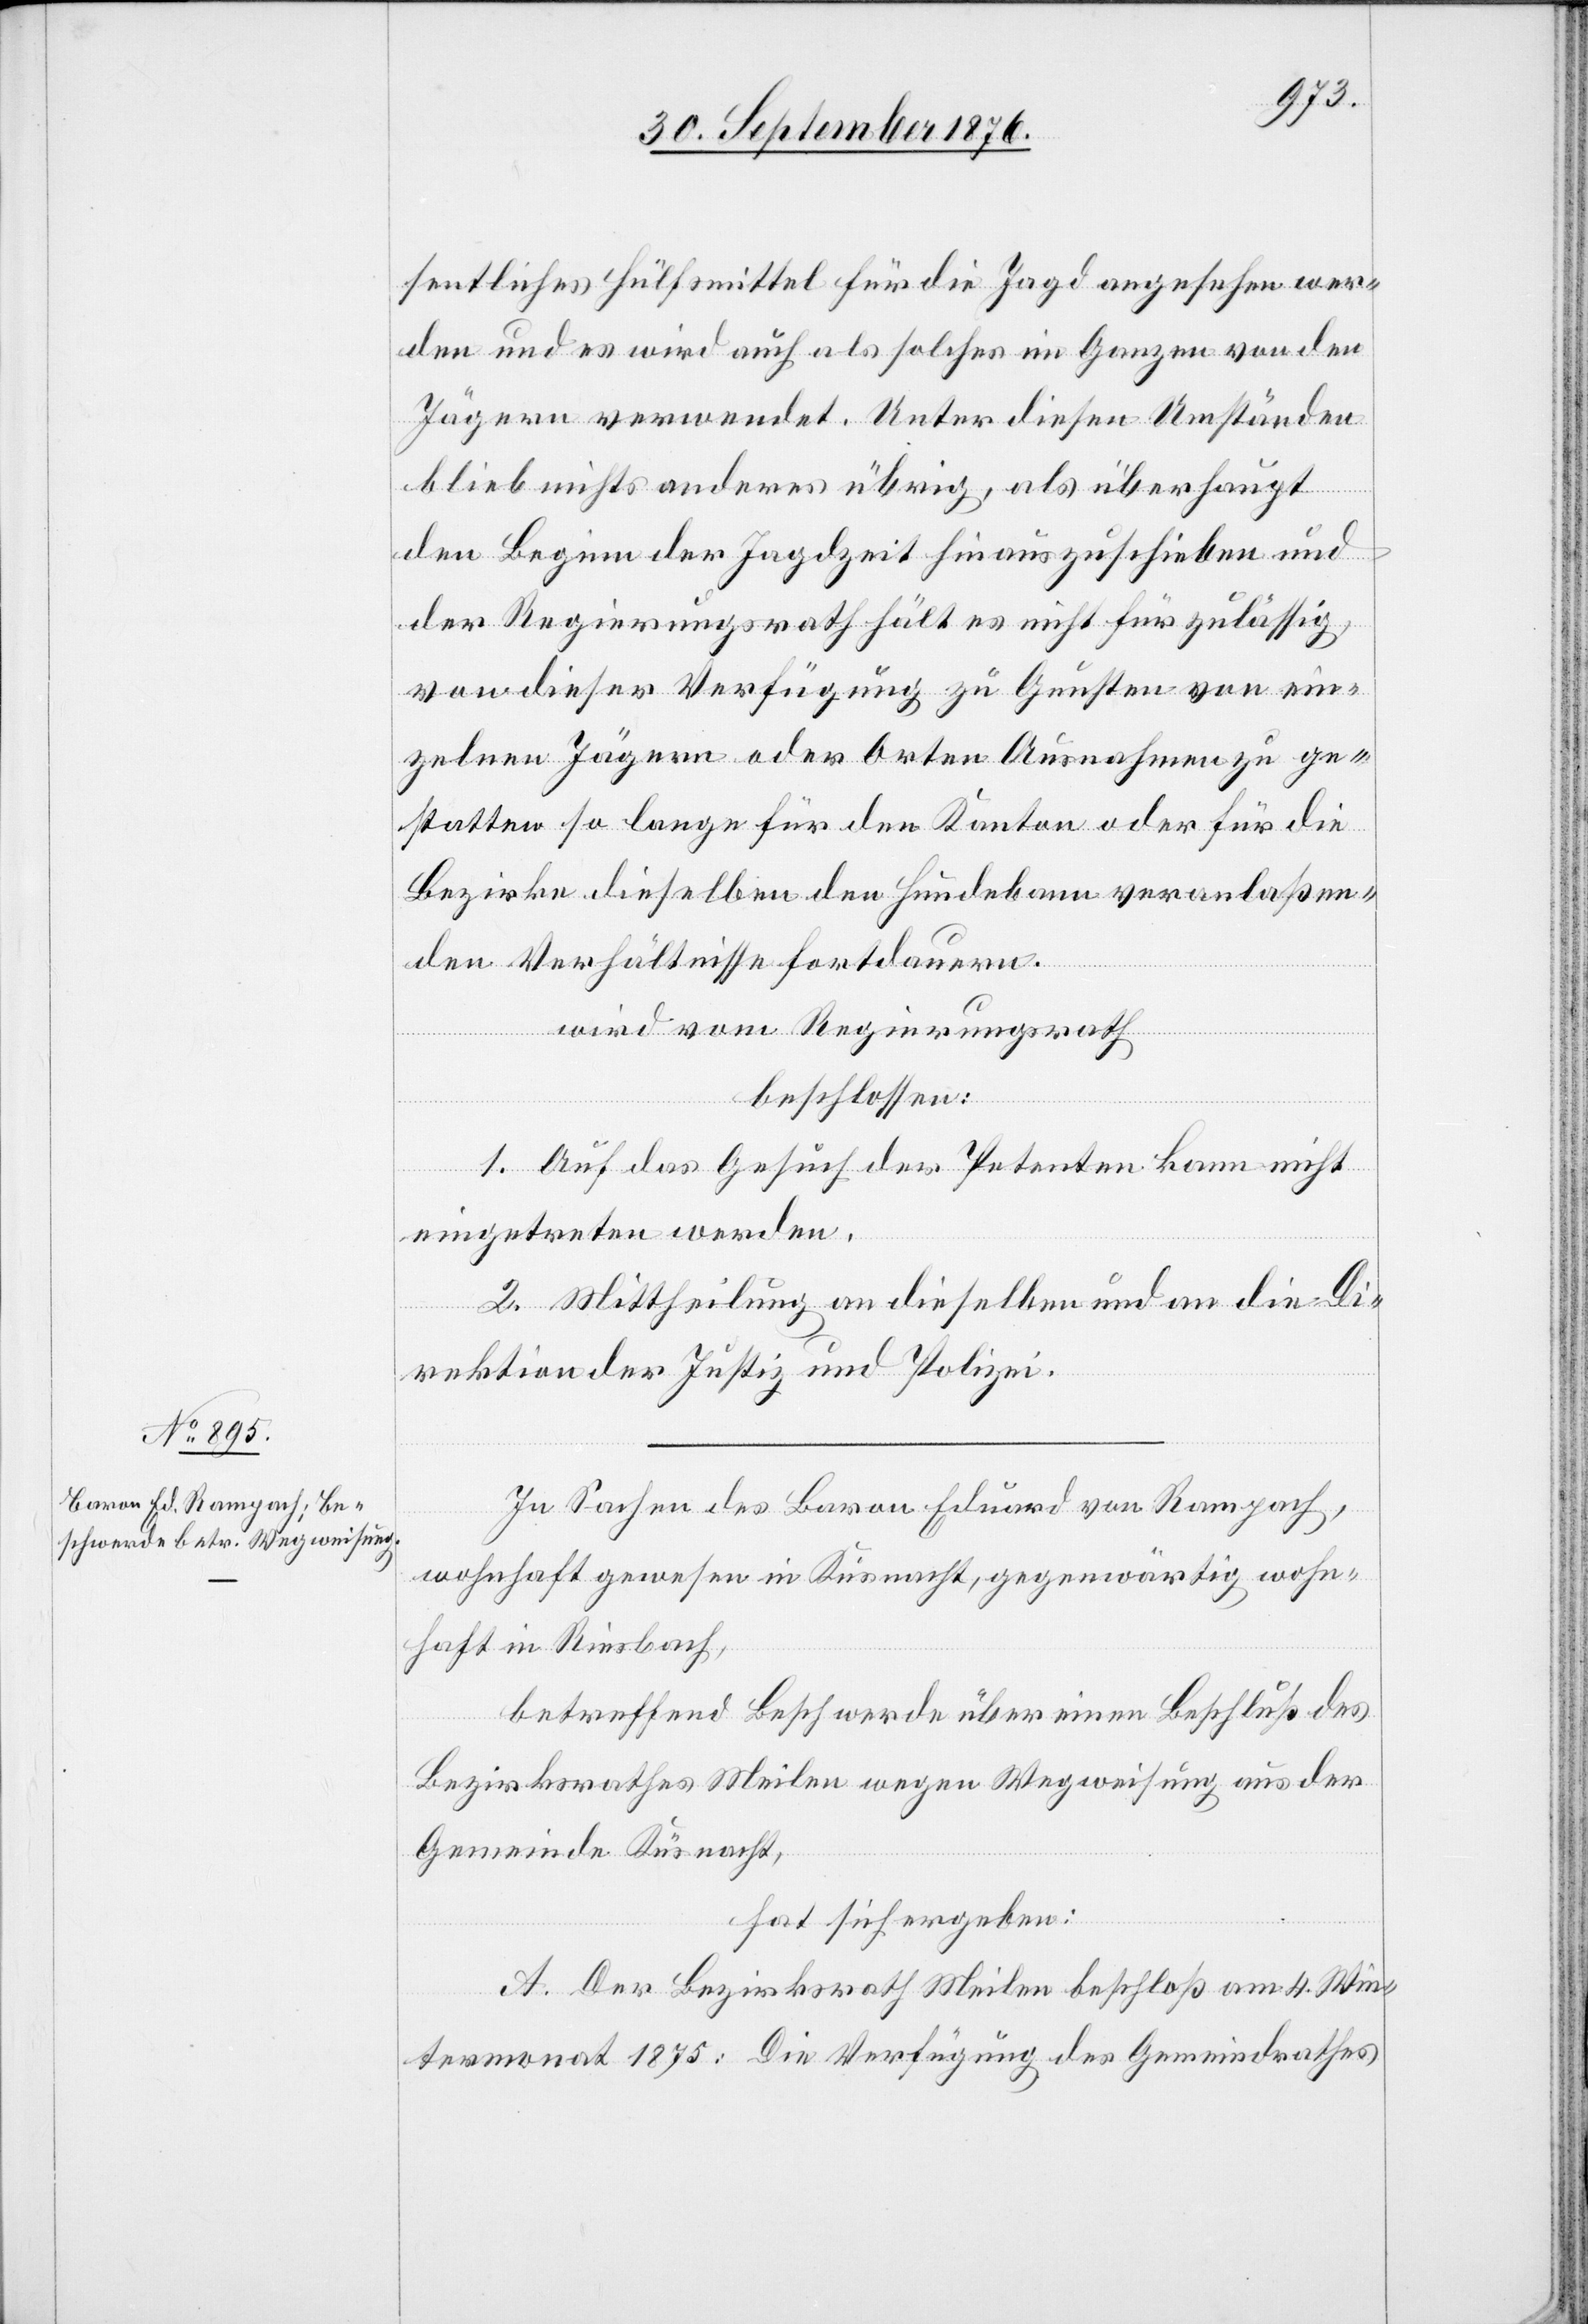
sentliches Hülfsmittel für die Jagd angesehen wer¬
den und es wird auch als solches im Ganzen von den
Jägern verwendet. Unter diesen Umständen
blieb nichts anderes übrig, als überhaupt
den Beginn der Jagdzeit hinauszuschieben und
der Regierungsrath hält es nicht für zulässig,
von dieser Verfügung zu Gunsten von ein¬
zelnen Jägern oder Orten Ausnahmen zu ge¬
statten so lange für den Kanton oder für die
Bezirke dieselben den Hundebann veranlaßen¬
den Verhältnisse fortdauern.
wird vom Regierungsrath
beschlossen:
1. Auf das Gesuch der Petenten kann nicht
eingetreten werden.
2. Mittheilung an dieselben und an die Di¬
rektion der Justiz und Polizei.
In Sachen des Baron Eduard von Rampach,
wohnhaft gewesen in Küsnacht, gegenwärtig wohn¬
haft in Riesbach,
betreffend Beschwerde über einen Beschluß des
Bezirksrathes Meilen wegen Wegweisung aus der
Gemeinde Küsnacht,
hat sich ergeben:
A. Der Bezirksrath Meilen beschloß am 4. Win¬
termonat 1875: Die Verfügung des Gemeindrathes